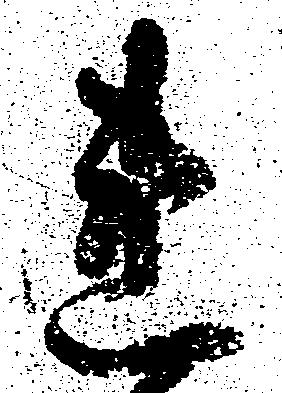
連